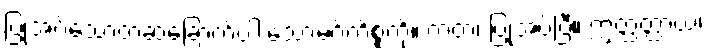
ပြုအပ်သောတဆဲ့ခြောက်ပါးသောမဂ်ကိစ္စကို။ ကတံ၊ ပြုအပ်ပြီ။ ဣတ္ထတ္ထာယ၊